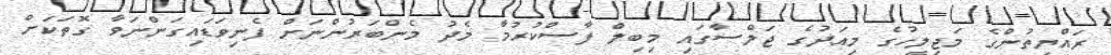
ރައްޔިތުންގެ މަޖިލީހުގެ މިއަދުގެ ޖަލްސާގައި މިބިލް ފާސްކުރުމާ މެދު މެންބަރުންނަށް ފެނިވަޑައިގަންނަވާ ގޮތަކަށް